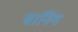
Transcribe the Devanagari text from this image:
वानिंग